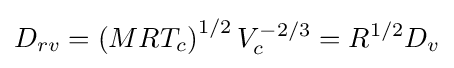
D_{rv}=\left(MRT_{c}\right)^{1/2}V_{c}^{-2/3}=R^{1/2}D_{v}